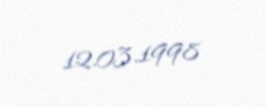
12.03.1998